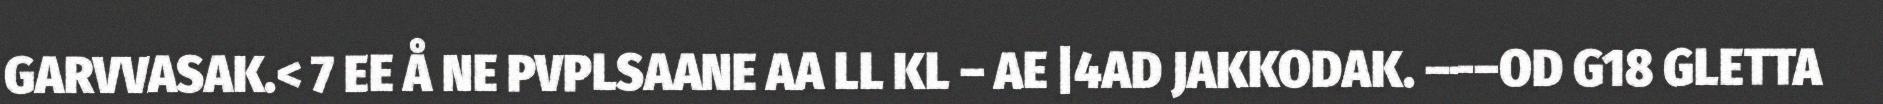
GARVVASAK.< 7 EE Å NE PVPLSAANE AA LL KL – AE |4AD JAKKODAK. –––OD G18 GLETTA